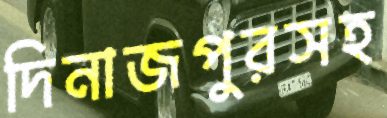
দিনাজপুরসহ